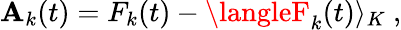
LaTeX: \mathbf{A}_{k}(t)=F_{k}(t)-\langleF_{k}(t)\rangle_{K}\ ,